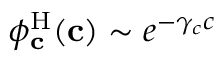
\phi _ { \mathbf { c } } ^ { \mathrm { H } } ( \mathbf { c } ) \sim e ^ { - \gamma _ { c } c }